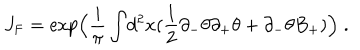
LaTeX: J _ { \mathrm { { F } } } = \exp \Bigl ( \frac { i } { \pi } \int \! d ^ { 2 } x ( \frac { 1 } { 2 } \partial _ { - } \theta \partial _ { + } \theta + \partial _ { - } \theta B _ { + } ) \Bigr ) \; .